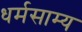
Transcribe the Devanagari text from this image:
धर्मसाम्य